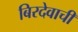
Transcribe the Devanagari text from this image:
बिरदेवाची